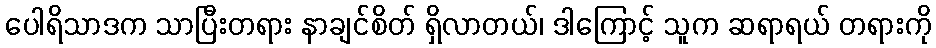
ပေါရိသာဒက သာပြီးတရား နာချင်စိတ် ရှိလာတယ်၊ ဒါကြောင့် သူက ဆရာရယ် တရားကို